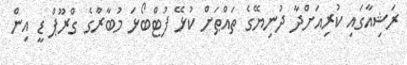
ރަޝިއާގައި ކުރިއަށްދާ ދުނިޔޭގެ ތައްޠަށް ކުޅޭ ފުޓްބޯޅަ މުބާރާުގެ ގްރޫޕް ޑީ އިން